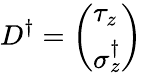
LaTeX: D^{\dagger}=\left(\begin{array}{l}{{\tau_{z}}}\\ {{\sigma_{z}^{\dagger}}}\end{array}\right)